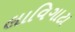
લાવિગાટા